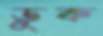
ডুক